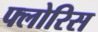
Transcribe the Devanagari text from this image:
फ्लोरिस